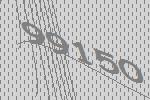
99150